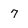
Character: 7